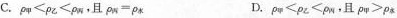
C.$$\rho _ { 甲 } < \rho _ { 乙 } < \rho _ { 丙 }$$，且$$\rho _ { 丙 } = \rho _ { 水 }$$ D.$$\rho _ { 甲 } < \rho _ { 乙 } < \rho _ { 丙 }$$，且$$\rho _ { 甲 } > \rho _ { 水 }$$